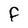
Character: F